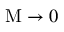
\mathrm { M } \rightarrow 0